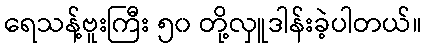
ရေသန့်ဗူးကြီး ၅၀ တို့လှူဒါန်းခဲ့ပါတယ်။